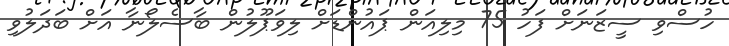
ހުސްވި ސީޒަނަށް ފަހު 75 މިލިއަން ޕައުންޑަށް ލިވަޕޫލުން ބާސެލޯނާ އަށް ބަދަލުވި